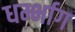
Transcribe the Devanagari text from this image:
धर्म्भाग